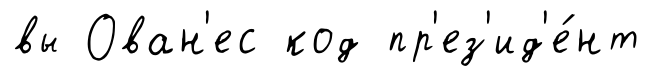
вы Ован'ес код пр'ез'ид'е́нт